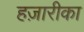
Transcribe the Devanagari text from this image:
हज़ारीका